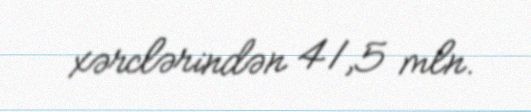
xərclərindən 41,5 mln.